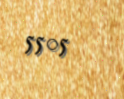
5505